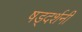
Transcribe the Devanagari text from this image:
षड्दर्शनी